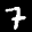
Label: 7